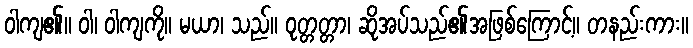
ဝါကျ၏။ ဝါ၊ ဝါကျကို။ မယာ၊ သည်။ ဝုတ္တတ္တာ၊ ဆိုအပ်သည်၏အဖြစ်ကြောင့်။ တနည်းကား။